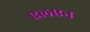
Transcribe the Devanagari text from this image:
एलएन